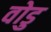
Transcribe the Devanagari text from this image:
वोडु